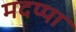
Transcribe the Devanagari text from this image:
मदप्पा